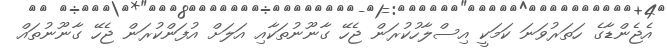
އެޖެންޑާގެ ހަތަރުވަނަ ކަމަކީ އިސްލާހުކުރަން ޖެހޭ ގާނޫނުތަކާއި އަލަށް އުފަންކުރަން ޖެހޭ ގާނޫނުތައް